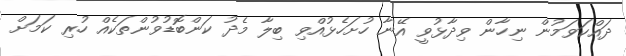
ދައްކަވަމުން ނިހާން ވިދާޅުވީ އޭނާ ހުށަހެޅުއްވި ބިލާ މެދު ކަންބޮޑުވުންތަކެއް ހުރި ކަމަށް